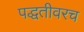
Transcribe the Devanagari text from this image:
पद्धतीवरच